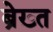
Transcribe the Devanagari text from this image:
ब्रेख़्त